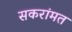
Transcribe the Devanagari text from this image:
सकरांमत